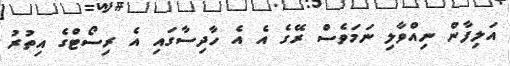
އަލިފާން ނިއްވާލި ނަމަވެސް ރޭގެ އެ އެ ހާދިސާގައި އެ ރިސޯޓްގެ އިތުރު